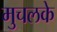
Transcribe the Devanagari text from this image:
मुचलके